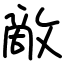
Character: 敵